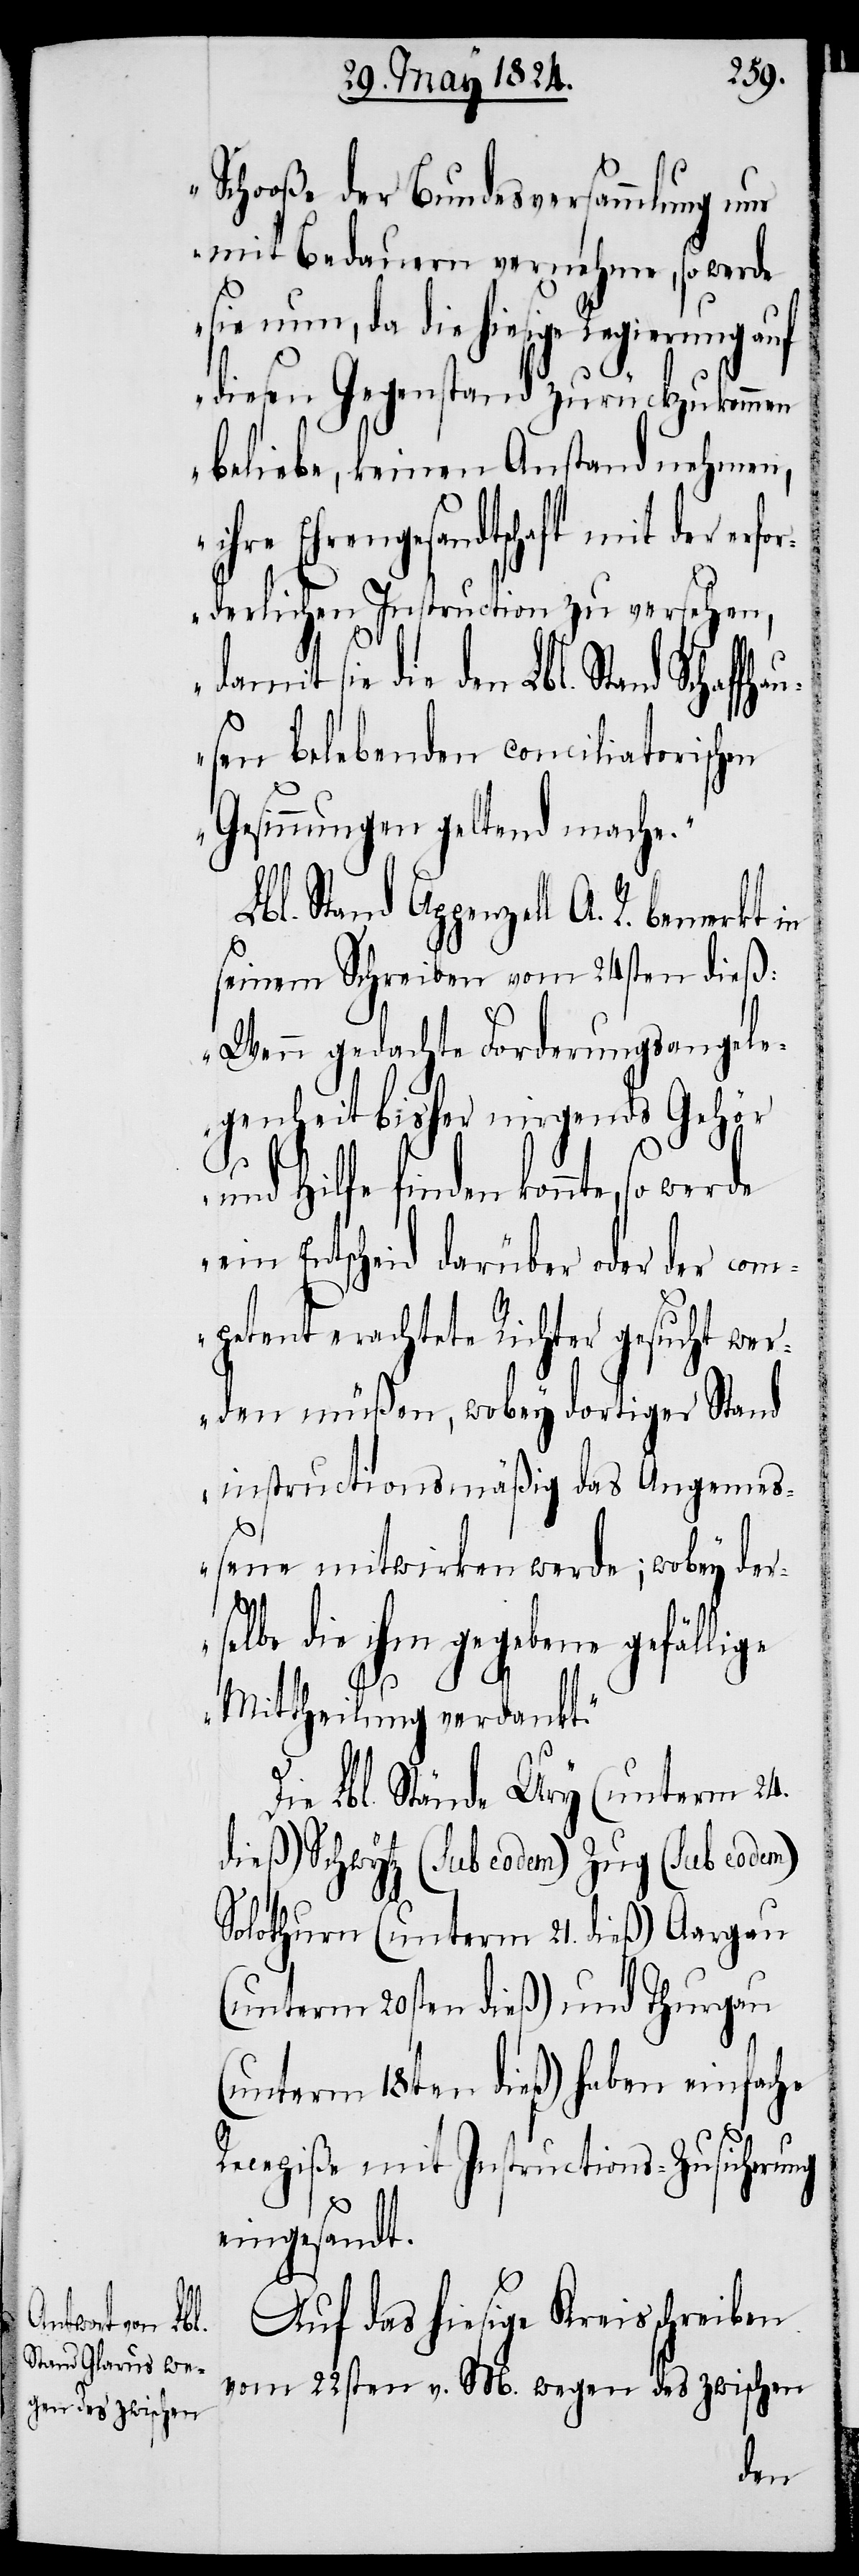
Schooße der Bundesversammlung nur
mit Bedauern vernehme, so werde
sie nun, da die hiesige Regierung auf
diesen Gegenstand zurückgekommen
beliebe, keinen Anstand nehmen,
Ehrengesandtschaft mit der er¬
forderlichen Instruction zu versehen,
damit sie den Lbl. Stand Schaffha¬
usen belebenden conciliaterischen
Gesinnungen geltend mache.“
Lbl. Stand Appenzell A. R. bemerkt
seinem Schreiben vom 24sten dieß:
„Wenn gedachte Forderungsangele¬
genheit bisher nirgends Gehör
und Hilfe finden konnte, so
ein Entscheid darüber oder der com¬
petent erachtete Richter gesucht wer¬
den müßen, wobey dortiger Stand
instructionsmäßig das Angemeß¬
ene mitwirken werde; wobey der¬
selbe die ihm gegebene gefällige
ung
Mittheilung verdankt.“
Die Lbl. Stände Ury (unterm 24.
dieß) Schwytz (sub eodem) Zug (Sub eodem)
Solothurn (unterm 21. dieß) Aargau
(unterm 20sten dieß) und Thurgau
(unterm 18ten dieß) haben einfache
Recepiße und Instructions-Zusicher¬
eingesandt.
Auf das hiesige Kreisschreiben
vom 22sten v. M. wegen des zwischen